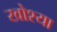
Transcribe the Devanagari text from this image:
खोश्या